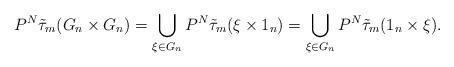
LaTeX: \begin{align*}P^N\tilde{\tau}_{m}(G_{n}\times G_{n})=\bigcup_{\xi\in G_{n}}P^N\tilde{\tau}_{m}(\xi\times 1_{n})=\bigcup_{\xi\in G_{n}}P^N\tilde{\tau}_{m}(1_n\times\xi).\end{align*}